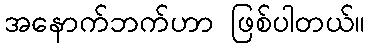
အနောက်ဘက်ဟာ ဖြစ်ပါတယ်။